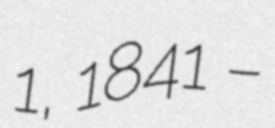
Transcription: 1, 1841 –